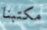
مكتبنا